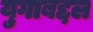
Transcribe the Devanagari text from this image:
युगाबद्दल